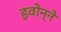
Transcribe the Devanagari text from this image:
इवोन्ने